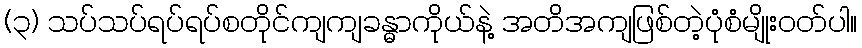
(၃) သပ်သပ်ရပ်ရပ်စတိုင်ကျကျခန္ဓာကိုယ်နဲ့ အတိအကျဖြစ်တဲ့ပုံစံမျိုးဝတ်ပါ။